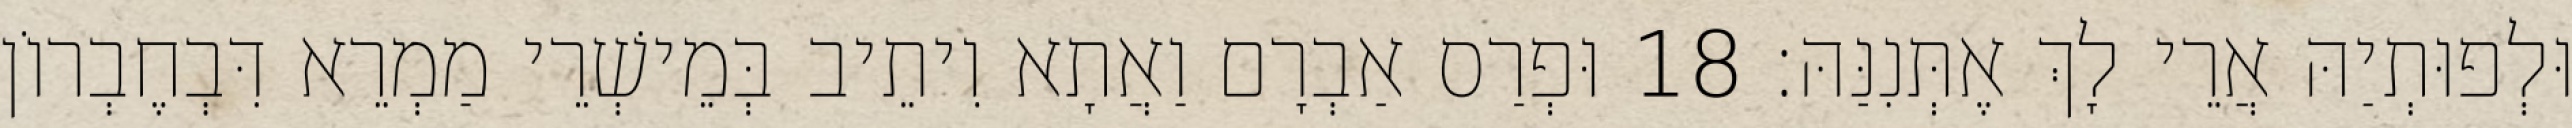
וּלְפוּתְיַהּ אֲרֵי לָךְ אֶתְּנִנַּהּ׃ 18 וּפְרַס אַבְרָם וַאֲתָא וִיתֵיב בְּמֵישְׁרֵי מַמְרֵא דִּבְחֶבְרוֹן